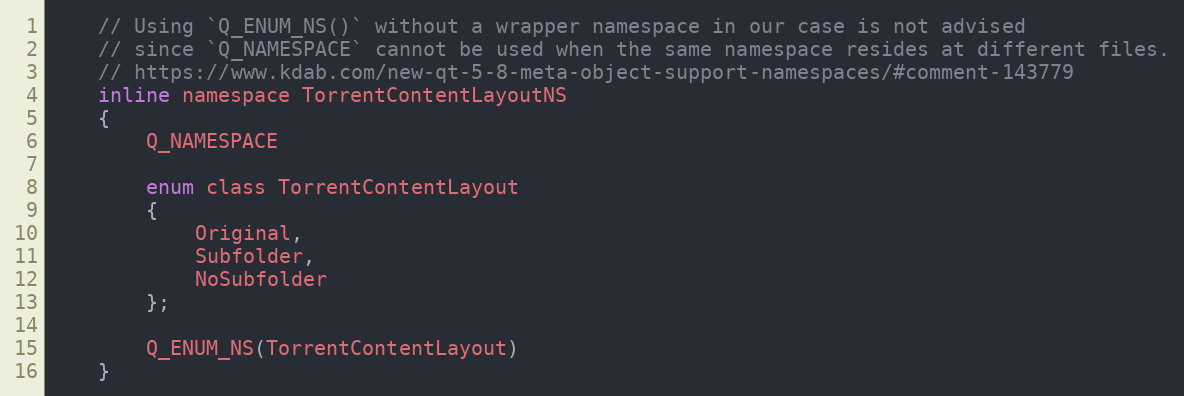
Language: C
    // Using `Q_ENUM_NS()` without a wrapper namespace in our case is not advised
    // since `Q_NAMESPACE` cannot be used when the same namespace resides at different files.
    // https://www.kdab.com/new-qt-5-8-meta-object-support-namespaces/#comment-143779
    inline namespace TorrentContentLayoutNS
    {
        Q_NAMESPACE

        enum class TorrentContentLayout
        {
            Original,
            Subfolder,
            NoSubfolder
        };

        Q_ENUM_NS(TorrentContentLayout)
    }